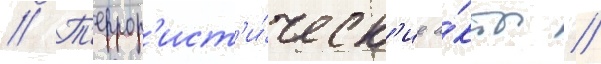
// Т'еррор'ист'и́ческ'ие а́кты //